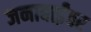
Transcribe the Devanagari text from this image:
जनाबाईंवर